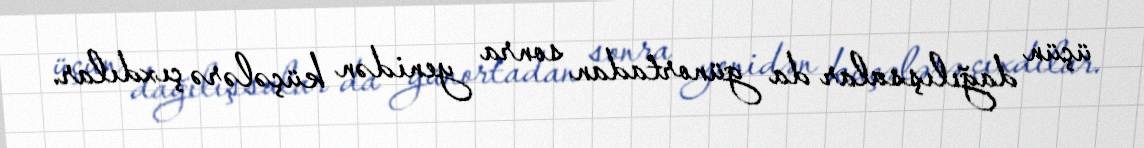
üçün dağılışsalar da günortadan sonra yenidən küçələrə çıxdılar.